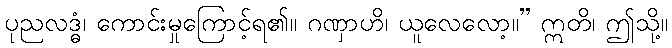
ပုညလဒ္ဓံ၊ ကောင်းမှုကြောင့်ရ၏။ ဂဏှာဟိ၊ ယူလေလော့။” ဣတိ၊ ဤသို့။